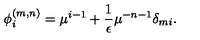
\phi _ { i } ^ { ( m , n ) } = \mu ^ { i - 1 } + \frac { 1 } { \epsilon } \mu ^ { - n - 1 } \delta _ { m i } .